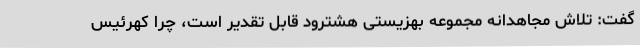
گفت: تلاش مجاهدانه مجموعه بهزیستی هشترود قابل تقدیر است، چرا کهرئیس